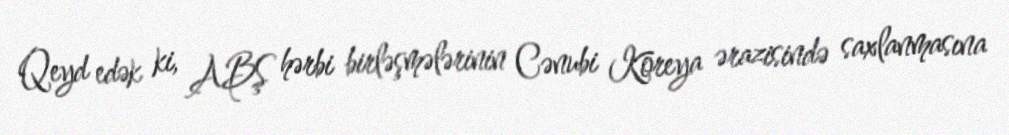
Qeyd edək ki, ABŞ hərbi birləşmələrinin Cənubi Koreya ərazisində saxlanmasına